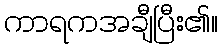
ကာရကအချီပြီး၏။